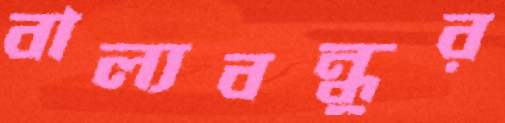
বাল্যবন্ধুর